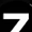
Digit: 7